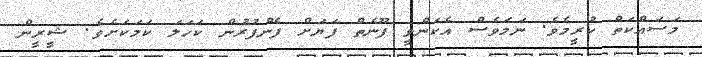
މަސައްކަތް ކުރީމެވެ. ނަމަވެސް އެކަންވީ ފޫނެތް ފަޔަށް ފެންފުރުން ކަހަލަ ކަމަކަށެވެ. ޝީރީން